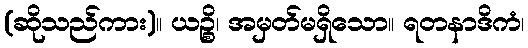
(ဆိုသည်ကား)။ ယဉ္စိ၊ အမှတ်မရှိသော။ ရတနာဒိကံ၊